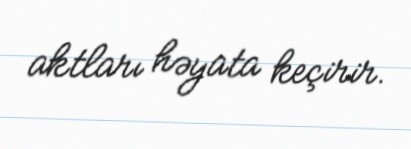
aktları həyata keçirir.